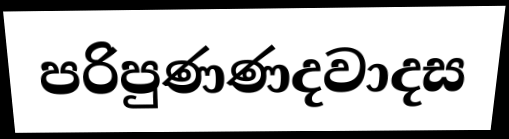
පරිපුණණදවාදස